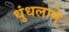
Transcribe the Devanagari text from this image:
धुंधलाने